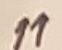
Text: 11